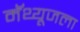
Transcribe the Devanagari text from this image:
मॅथ्यूजला